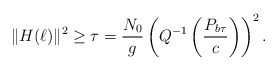
\begin{align*}\Vert H(\ell)\Vert^{2} & \ge \tau=\frac{N_{0}}{g}\left(Q^{-1}\left(\frac{ P_{b\tau}}{c}\right)\right)^{2}.\end{align*}